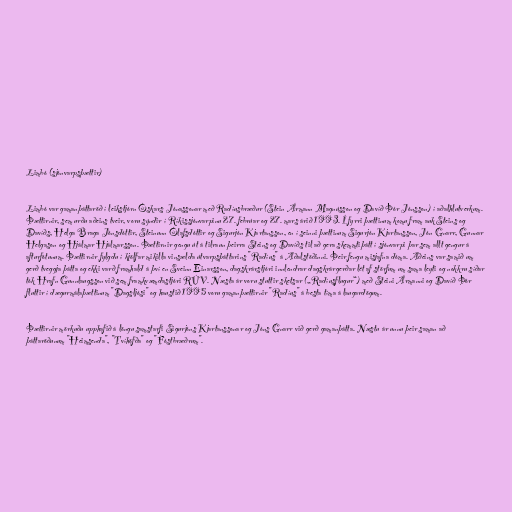
Limbó (sjónvarpsþættir)

Limbó var gamanþáttaröð í leikstjórn Óskars Jónassonar með Radíusbræður (Stein Ármann Magnússon og Davíð Þór Jónsson) í aðalhlutverkum.
Þættirnir, sem urðu aðeins tveir, voru sýndir í Ríkissjónvarpinu 27. febrúar og 27. mars árið 1993. Í fyrri þættinum komu fram auk Steins og
Davíðs, Helga Braga Jónsdóttir, Steinunn Ólafsdóttir og Sigurjón Kjartansson, en í seinni þættinum Sigurjón Kjartansson, Jón Gnarr, Gunnar
Helgason og Hjálmar Hjálmarsson. Þættirnir gengu út á tilraun þeirra Steins og Davíðs til að gera skemmtiþátt í sjónvarpi þar sem allt gengur á
afturfótunum. Þættirnir fylgdu í kjölfar mikilla vinsælda útvarpsþáttarins "Radíus" á Aðalstöðinni. Þeir fengu misjafna dóma. Aðeins var samið um
gerð tveggja þátta og ekki varð framhald á því en Sveinn Einarsson, dagskrárstjóri innlendrar dagskrárgerðar lét af störfum um sama leyti og nokkru síðar
tók Hrafn Gunnlaugsson við sem framkvæmdastjóri RÚV. Næsta ár voru stuttir sketsar („Radíusflugur“) með Steini Ármanni og Davíð Þór
fluttir í dægurmálaþættinum "Dagsljósi" og haustið 1995 voru gamanþættirnir "Radíus" á besta tíma á laugardögum.

Þættirnir mörkuðu upphafið á löngu samstarfi Sigurjóns Kjartanssonar og Jóns Gnarr við gerð gamanþátta. Næstu ár unnu þeir saman að
þáttaröðunum "Heimsenda", "Tvíhöfða" og "Fóstbræðrum".